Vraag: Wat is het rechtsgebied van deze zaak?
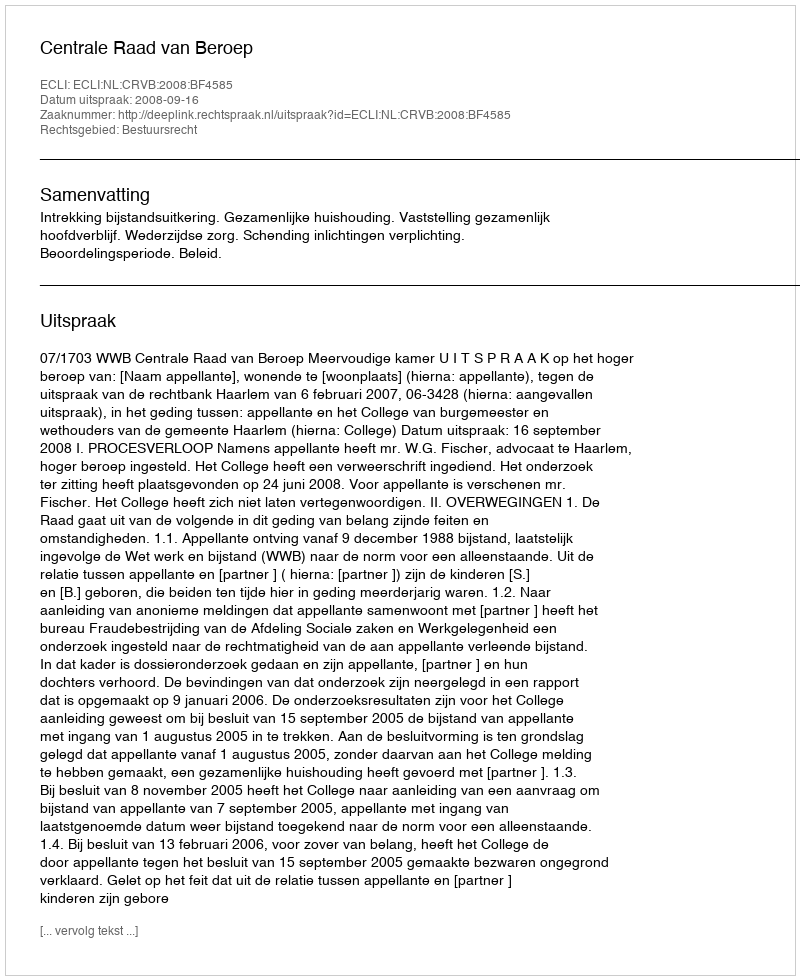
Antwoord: Bestuursrecht